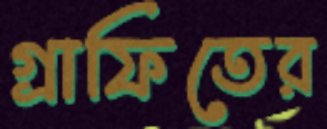
গ্রাফিতের